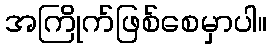
အကြိုက်ဖြစ်စေမှာပါ။